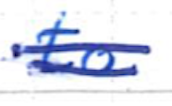
Text: to
Cross-out: mix
Writing tool: ballpoint